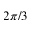
2 \pi / 3